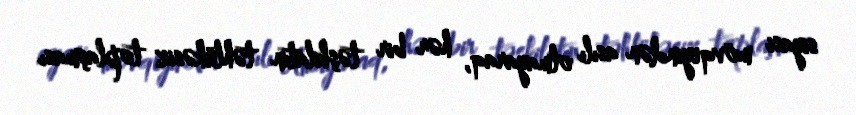
siyasi mövqeyindən asılı olmayaraq, hər bir təşkilatın təhlükəsiz toplaşması